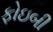
ફોઇબી